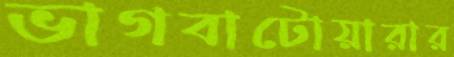
ভাগবাটোয়ারার